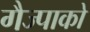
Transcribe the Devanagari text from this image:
गैज्पाको